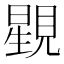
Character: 𧡶